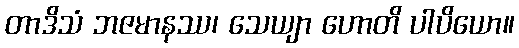
တာဒိသံ ဘဇမာနဿ၊ သေယျာ ဟောတိ ပါပိယော။